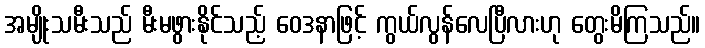
အမျိုးသမီးသည် မီးမဖွားနိုင်သည့် ဝေဒနာဖြင့် ကွယ်လွန်လေပြီလားဟု တွေးမိကြသည်။